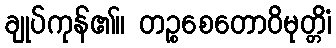
ချုပ်ကုန်၏။ တဉ္စစေတောဝိမုတ္တိံ၊